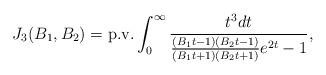
LaTeX: \begin{align*} J_3(B_1,B_2)={\rm p.v.}\int_{0}^{\infty }\frac{t^{3}dt}{\frac{(B_{1}t-1)(B_{2}t-1)}{(B_{1}t+1)(B_{2}t+1)}e^{2t}-1},\end{align*}